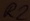
Text: R2